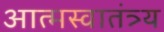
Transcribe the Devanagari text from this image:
आत्मस्वातंत्र्य